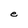
Character: e